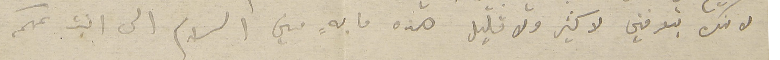
لانك بتعرفني لا كثير ولا قليل هذه ما بهٍ مني السلام الى ابنت عمكم